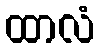
ထာလံ